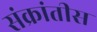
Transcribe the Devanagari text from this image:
संक्रांतीस